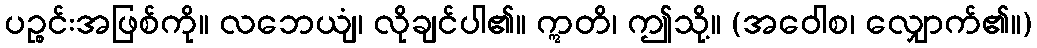
ပဉ္စင်းအဖြစ်ကို။ လဘေယျံ၊ လိုချင်ပါ၏။ ဣတိ၊ ဤသို့။ (အဝေါစ၊ လျှောက်၏။)